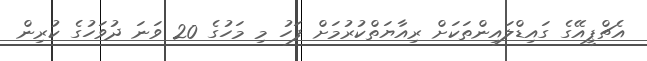
އެޗްޕީއޭގެ ގައިޑްލައިންތަކަށް ރިއާޔަތްކުރުމަށް ފަހު މި މަހުގެ 20 ވަނަ ދުވަހުގެ ކުރިން